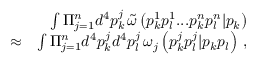
\begin{array} { r l r } & { } & { \int \Pi _ { j = 1 } ^ { n } d ^ { 4 } p _ { k } ^ { j } \, \tilde { \omega } \left( p _ { k } ^ { 1 } p _ { l } ^ { 1 } . . . p _ { k } ^ { n } p _ { l } ^ { n } | p _ { k } \right) } \\ & { \approx } & { \int \Pi _ { j = 1 } ^ { n } d ^ { 4 } p _ { k } ^ { j } d ^ { 4 } p _ { l } ^ { j } \, \omega _ { j } \left( p _ { k } ^ { j } p _ { l } ^ { j } | p _ { k } p _ { l } \right) \, , } \end{array}